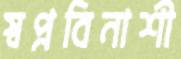
স্বপ্নবিনাশী